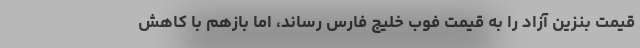
قیمت بنزین آزاد را به قیمت فوب خلیج فارس رساند، اما بازهم با کاهش